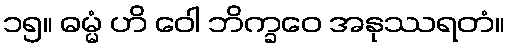
၁၅။ ဓမ္မံ ဟိ ဝေါ ဘိက္ခဝေ အနုဿရတံ။